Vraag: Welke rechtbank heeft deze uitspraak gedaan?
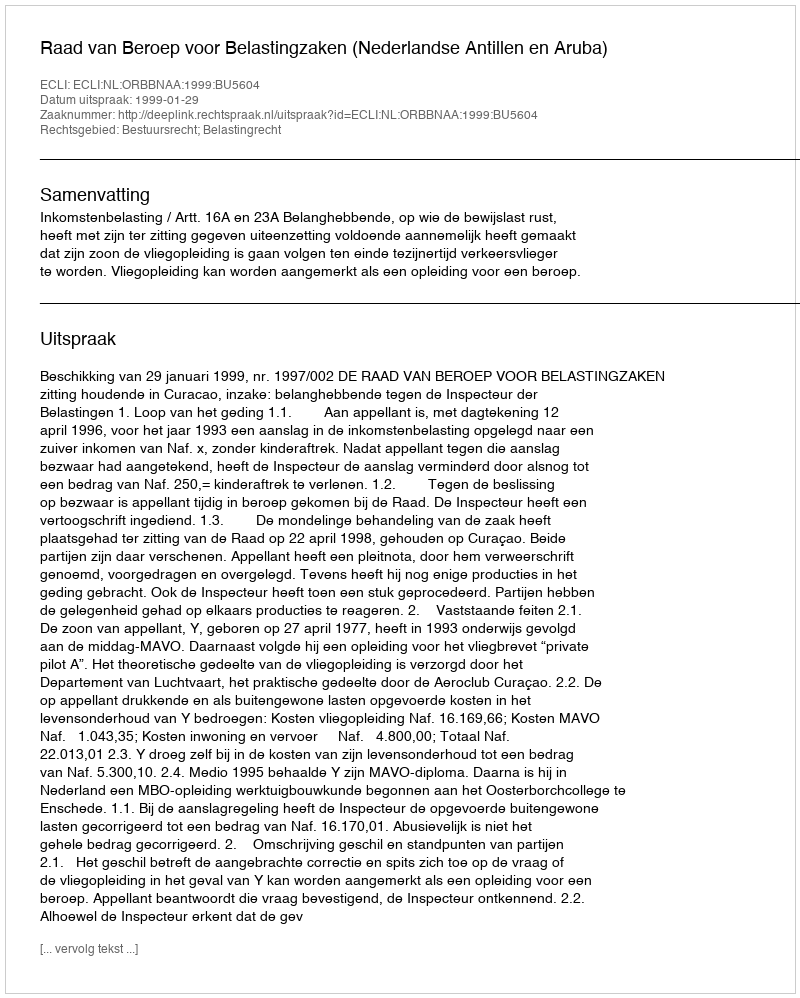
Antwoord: Raad van Beroep voor Belastingzaken (Nederlandse Antillen en Aruba)